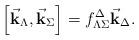
LaTeX: \begin{align*}\left[\vec{\bf k}_{\Lambda},\vec{\bf k}_{\Sigma}\right] =f^{\Delta}_{\Lambda\Sigma}\vec{\bf k}_{\Delta}.\end{align*}